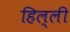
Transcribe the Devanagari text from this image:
हिल्ली